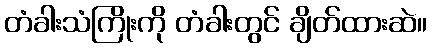
တံခါးသံကြိုးကို တံခါးတွင် ချိတ်ထားဆဲ။